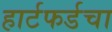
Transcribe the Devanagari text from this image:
हार्टफर्डचा